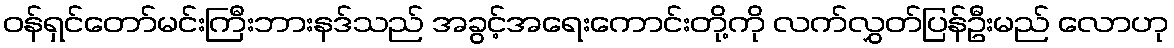
ဝန်ရှင်တော်မင်းကြီးဘားနဒ်သည် အခွင့်အရေးကောင်းတို့ကို လက်လွှတ်ပြန်ဦးမည် လောဟု